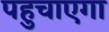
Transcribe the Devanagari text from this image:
पहुचाएगा